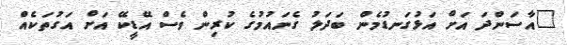
"އާސަންދަ އަށް އަޅުގަނޑުމެން ބަދަލު ގެނައުމުގެ ކުރިން ވެސް އޭޑީކޭ އަށް އަގުތަކެއް